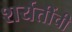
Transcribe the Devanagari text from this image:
शर्यतींची